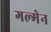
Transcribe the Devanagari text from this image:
गल्मेन